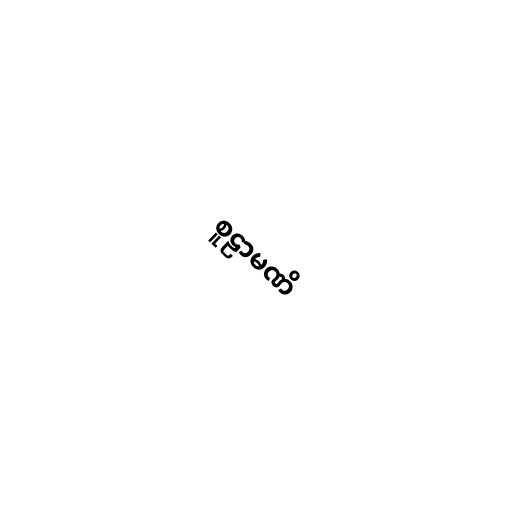
စူဠာမဏိ